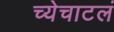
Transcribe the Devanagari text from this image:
च्येचाटलं